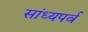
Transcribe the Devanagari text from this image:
सांध्यपर्व